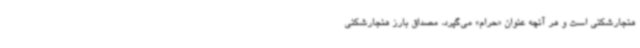
هنجارشکنی است و هر آنچه عنوان «حرام» می‌گیرد، مصداق بارز هنجارشکنی